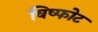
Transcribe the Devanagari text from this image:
विष्फोट